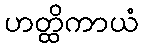
ဟတ္ထိကာယံ